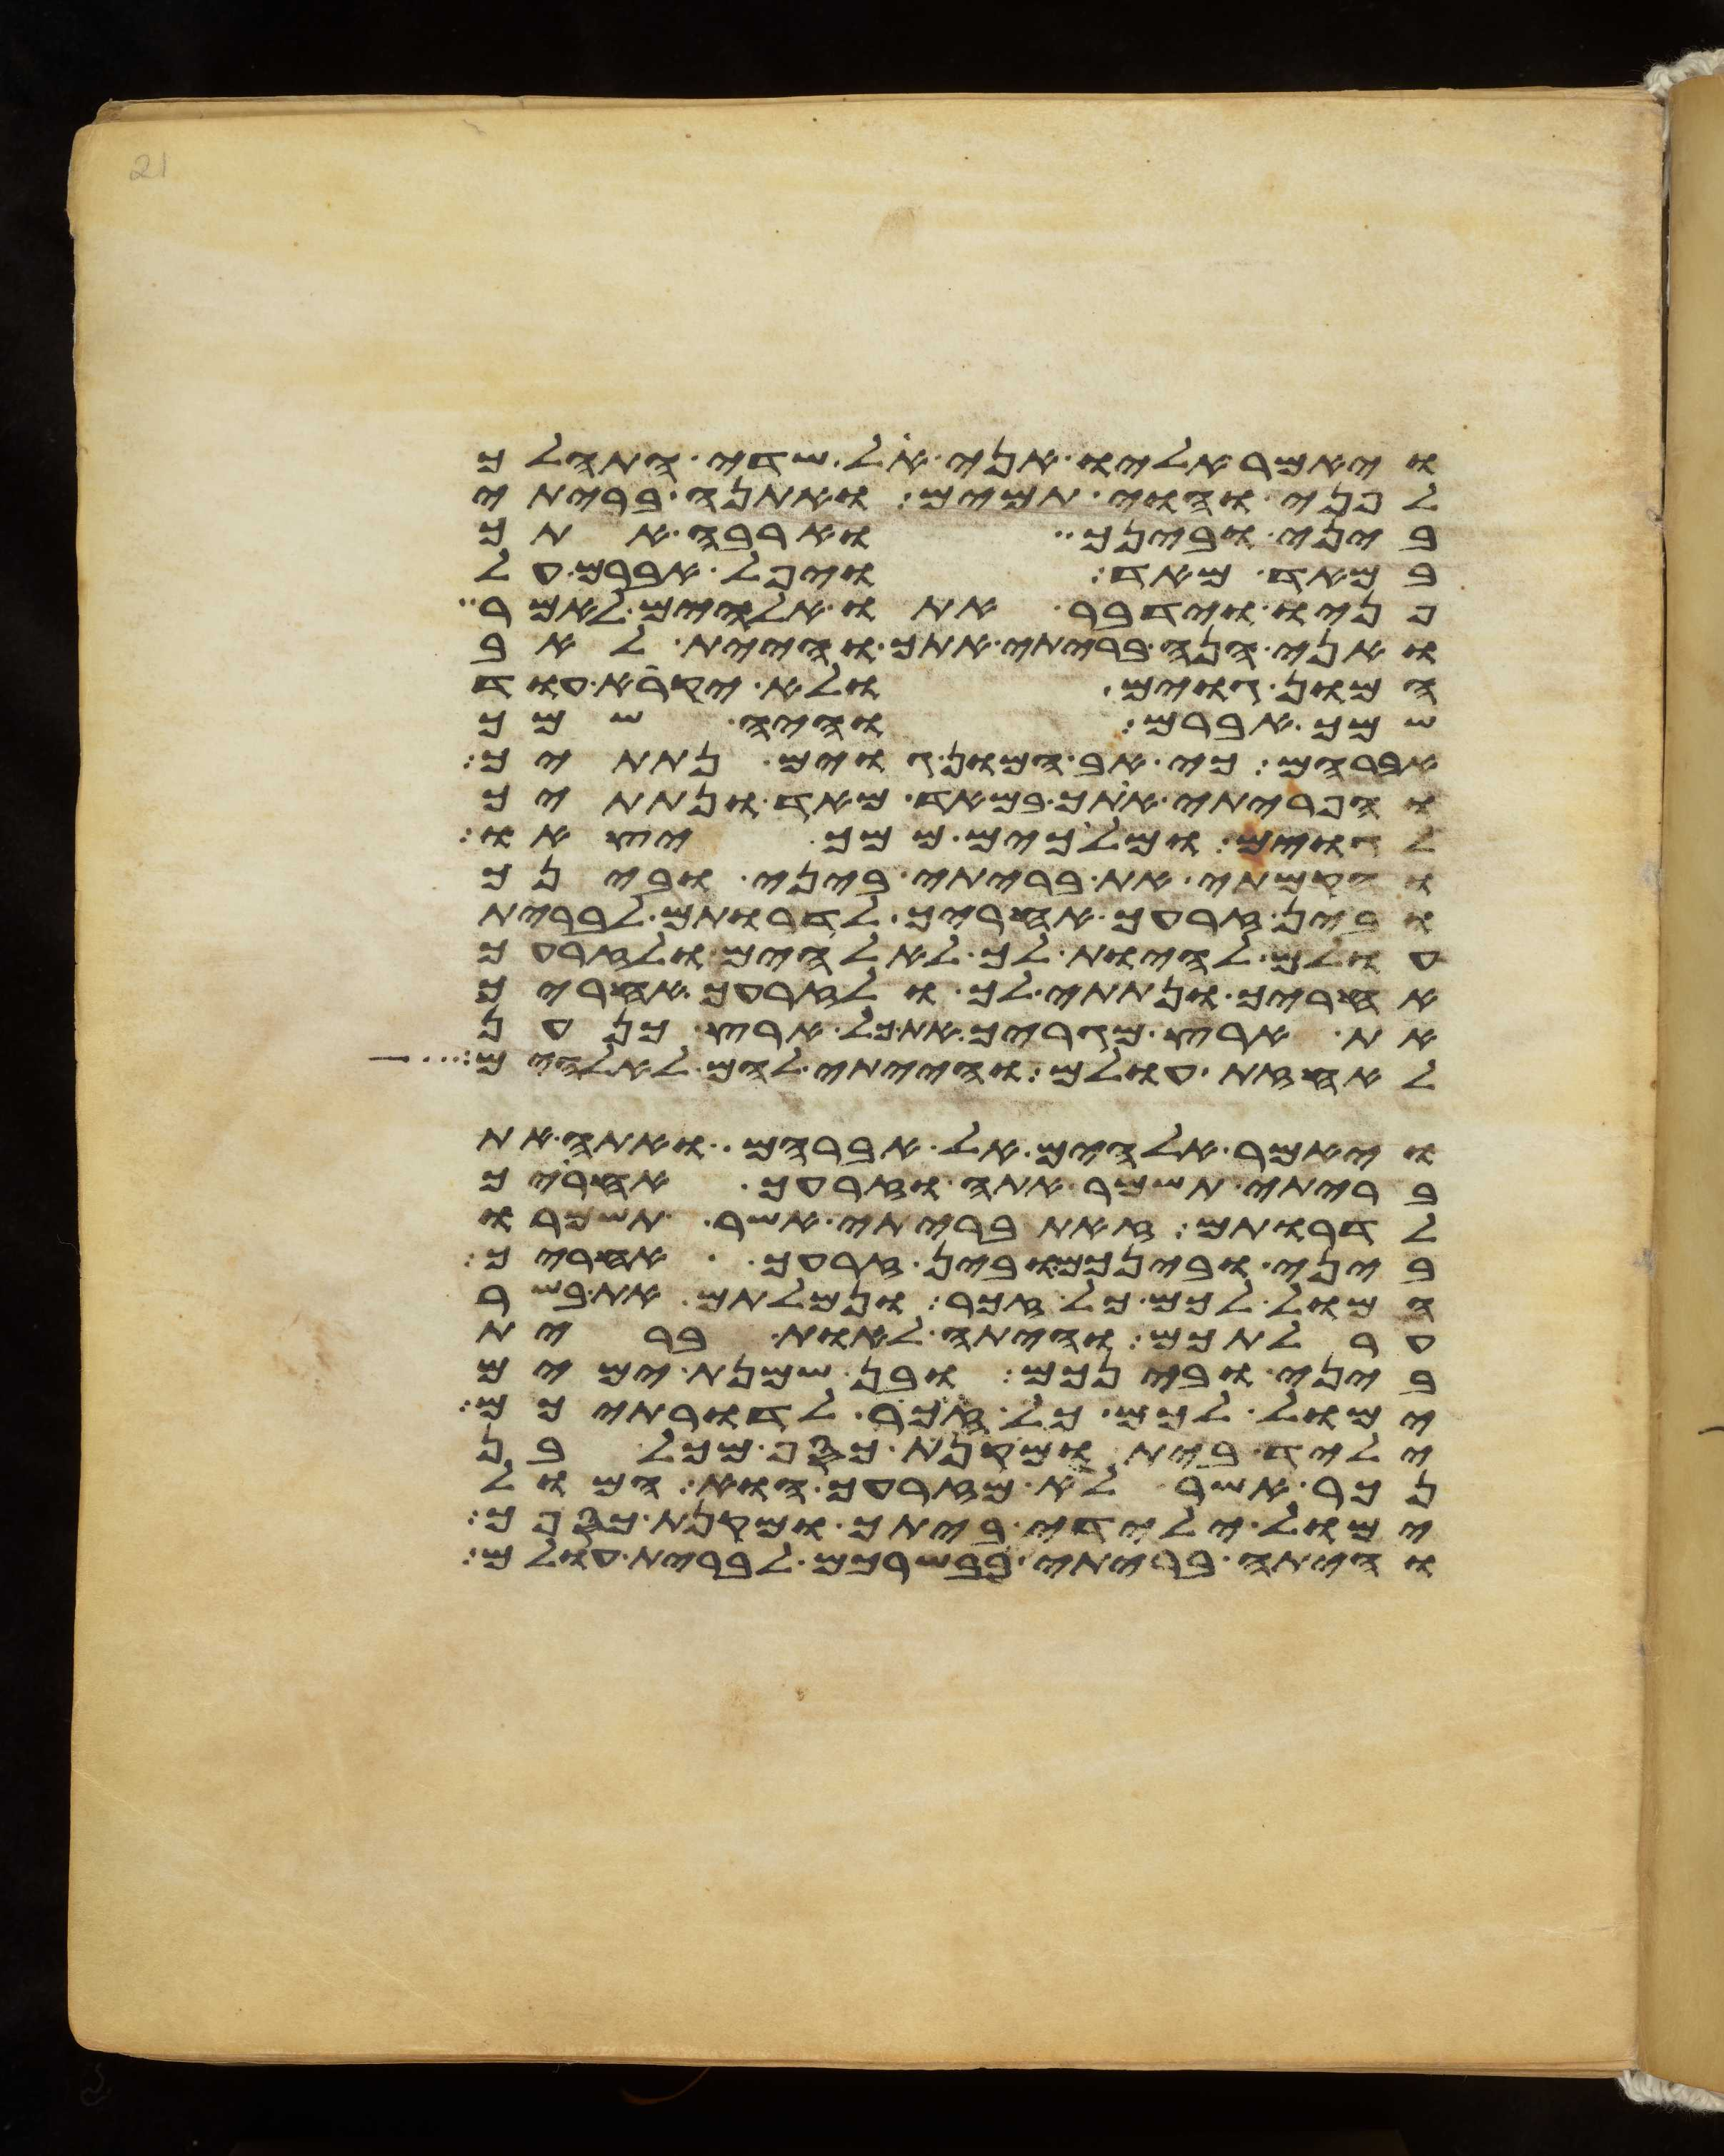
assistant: ויאמר אליו אני אל שדי התהלך
לפני והוי תמים ואתנה בריתי
ביני ובינך וארבה אתך
במאד מאד ויפל אברם על
פניו וידבר אתו אלהים לאמר
ואני הנה בריתי אתך והיית לאב
המון גוים ולא יקרא עוד
שמך אברם והיה שמך
אברהם כי אב המון גוים נתתיך
והפריתי אתך במאד מאד ונתתיך
לגוים ומלכים ממך יצאו
והקמתי את בריתי ביני ובינך
ובין זרעך אחריך לדרתם לברית
עולם להיות לך לאלהים ולזרעך
אחריך ונתתי לך ולזרעך אחריך
את ארץ מגריך את כל ארץ כנען
לאחזת עולם והייתי להם לאלהים
ויאמר אלהים אל אברהם ואתה את
בריתי תשמר אתה וזרעך אחריך
לדרותם זאת בריתי אשר תשמרו
ביני ובינכם ובין זרעך אחריך
המול לכם כל זכר ונמלתם את בשר
ערלתכם והיתה לאות ברית
ביני ובינכם ובן שמנת ימים
ימול לכם כל זכר לדרתיכם
יליד בית ומקנת כסף מכל בן
נכר אשר לא מזרעך הוא המול
ימול ילידי ביתך ומקנת כספך
והיתה בריתי בבשרכם לברית עולם